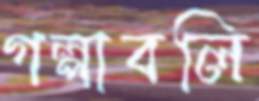
গল্পাবলি